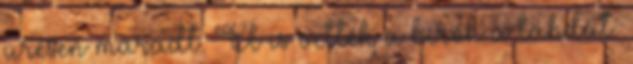
üresen maradt. El is vették a bírók a labdát.